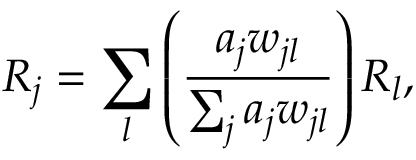
R _ { j } = \sum _ { l } \left( \frac { a _ { j } w _ { j l } } { \sum _ { j } a _ { j } w _ { j l } } \right) R _ { l } ,